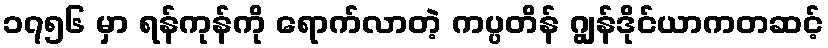
၁၇၅၆ မှာ ရန်ကုန်ကို ရောက်လာတဲ့ ကပ္ပတိန် ဂျွန်ဒိုင်ယာကတဆင့်